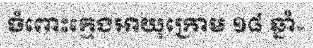
ចំពោះក្មេងអាយុក្រោម ១៨ ឆ្នាំ»